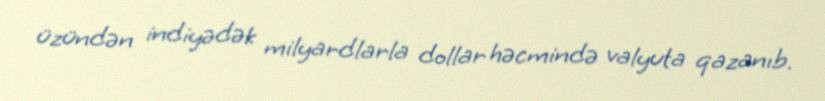
üzündən indiyədək milyardlarla dollar həcmində valyuta qazanıb.